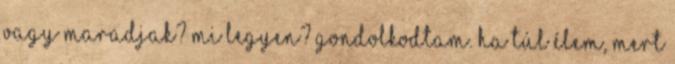
vagy maradjak? Mi legyen? Gondolkodtam. Ha túl élem, mert